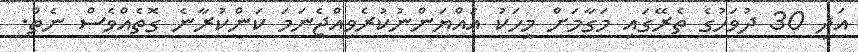
އަދި 30 ދުވަހުގެ ތެރޭގައި މަގާމަށް މީހަކު އައްޔަންނުކުރެވިއްޖެނަމަ ކަންކުރާނެ ގޮތެއްވެސް ނެތް.